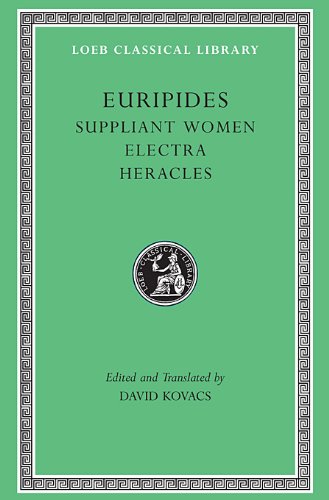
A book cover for Euripides, Volume III. Suppliant Women. Electra. Heracles (Loeb Classical Library No. 9); Euripides; Literature & Fiction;